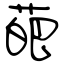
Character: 葩